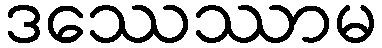
ဒဿေဿာမ